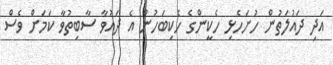
އަދި ދައުލަތުން ހުށަހެޅި ހެކީންގެ ހެކިބަހުން އެ ދައުވާ ސާބިތުވާ ކަމަށް ވެސް